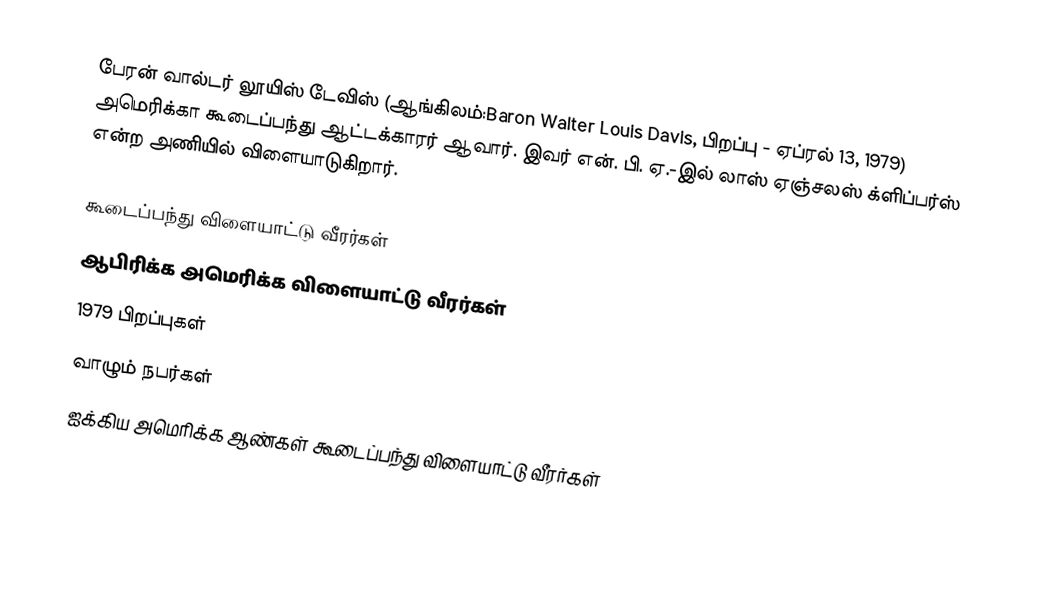
பேரன் வால்டர் லூயிஸ் டேவிஸ் (ஆங்கிலம்:Baron Walter Louis Davis, பிறப்பு - ஏப்ரல் 13, 1979) அமெரிக்கா கூடைப்பந்து ஆட்டக்காரர் ஆவார். இவர் என். பி. ஏ.-இல் லாஸ் ஏஞ்சலஸ் க்ளிப்பர்ஸ் என்ற அணியில் விளையாடுகிறார்.

கூடைப்பந்து விளையாட்டு வீரர்கள்
ஆபிரிக்க அமெரிக்க விளையாட்டு வீரர்கள்
1979 பிறப்புகள்
வாழும் நபர்கள்
ஐக்கிய அமெரிக்க ஆண்கள் கூடைப்பந்து விளையாட்டு வீரர்கள்